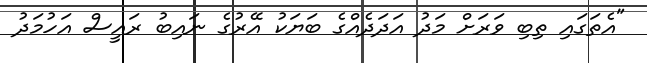
"އެތަގައި ތިބި ވަރަށް މަދު އަދަދެއްގެ ބަޔަކު އޭރުގެ ނައިބު ރައީސް އަހުމަދު